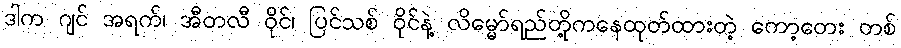
ဒါက ဂျင် အရက်၊ အီတလီ ဝိုင်၊ ပြင်သစ် ဝိုင်နဲ့ လိမ္မော်ရည်တို့ကနေထုတ်ထားတဲ့ ကော့တေး တစ်